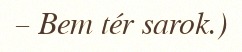
– Bem tér sarok.)